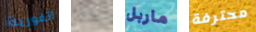
الفورية هناك ماربل محترفة